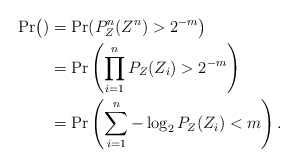
\begin{align*}\Pr\bigl()&=\Pr(P_Z^n(Z^n)>2^{-m}\bigr)\\&=\Pr\left(\prod_{i=1}^n P_Z(Z_i)>2^{-m}\right)\\&=\Pr\left(\sum_{i=1}^n -\log_2 P_Z(Z_i)<m\right).\end{align*}